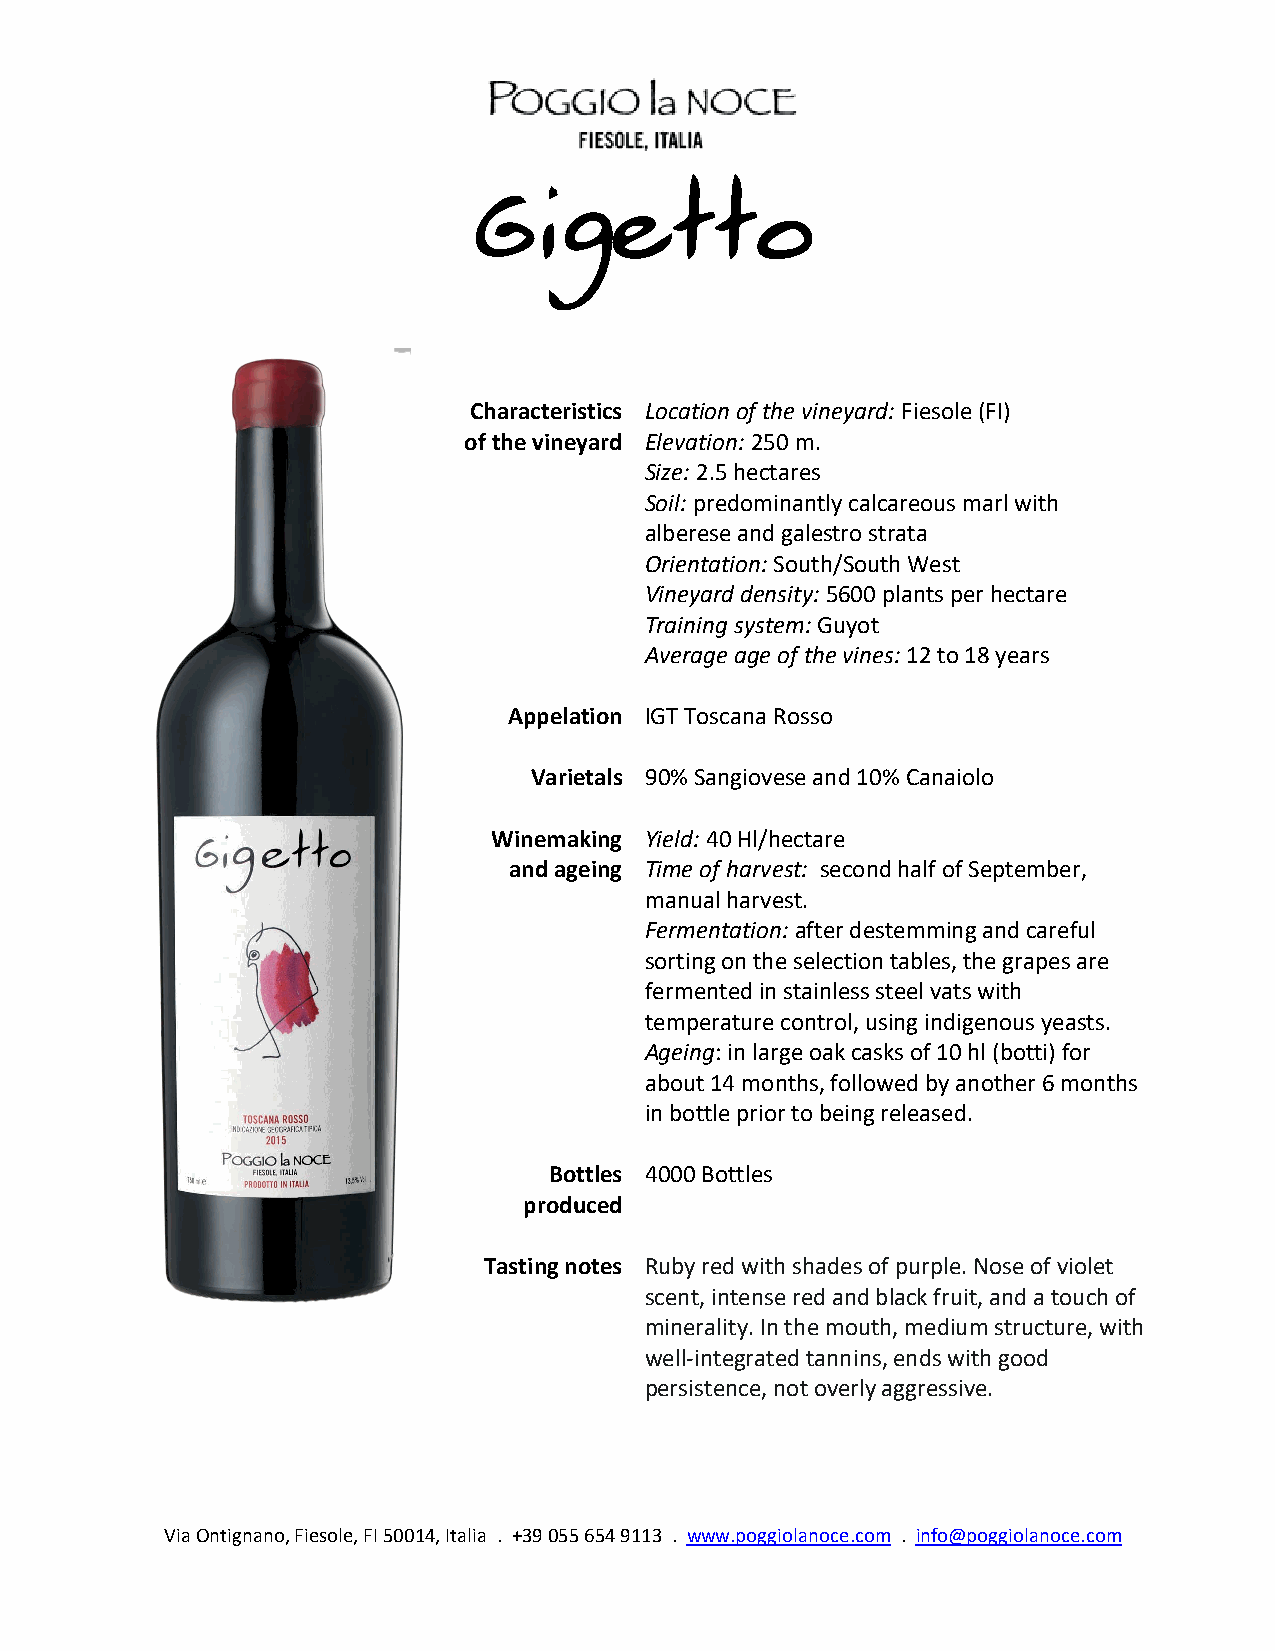
Gigetto
 Characteristics Location of the vineyard: Fiesole (FI)
 of the vineyard Elevation: 250 m.
 Size: 2.5 hectares
 Soil: predominantly calcareous marl with
 alberese and galestro strata
 Orientation: South/South West
 Vineyard density: 5600 plants per hectare
 Training system: Guyot
 Average age of the vines: 12 to 18 years
 Appelation IGT Toscana Rosso
 Varietals 90% Sangiovese and 10% Canaiolo
 Winemaking Yield: 40 Hl/hectare
 and ageing Time of harvest: second half of September,
 manual harvest.
 Fermentation: after destemming and careful
 sorting on the selection tables, the grapes are
 fermented in stainless steel vats with
 temperature control, using indigenous yeasts.
 Ageing: in large oak casks of 10 hl (botti) for
 about 14 months, followed by another 6 months
 in bottle prior to being released.
 Bottles 4000 Bottles
 produced
 Tasting notes Ruby red with shades of purple. Nose of violet
 scent, intense red and black fruit, and a touch of
 minerality. In the mouth, medium structure, with
 well-integrated tannins, ends with good
 persistence, not overly aggressive.
 Via Ontignano, Fiesole, FI 50014, Italia . +39 055 654 9113 . www.poggiolanoce.com . info@poggiolanoce.com